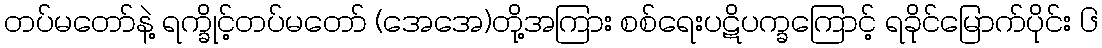
တပ်မတော်နဲ့ ရက္ခိုင့်တပ်မတော် (အေအေ)တို့အကြား စစ်ရေးပဋိပက္ခကြောင့် ရခိုင်မြောက်ပိုင်း ၆